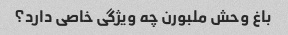
باغ وحش ملبورن چه ویژگی خاصی دارد؟